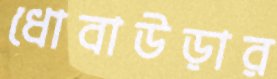
ধোবাউড়ার